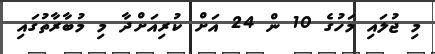
މި ޖުލައި މަހުގެ 10 ން 24 އަށް ކުރިއަށްދާ މި މުބާރާތުގައި